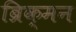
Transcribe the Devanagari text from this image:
ब्रिक्मन